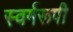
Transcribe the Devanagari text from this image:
स्वर्गरूपी